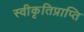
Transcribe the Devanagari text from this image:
स्वीकृतिप्राप्ति